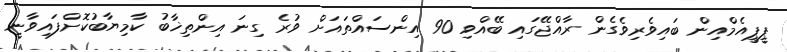
ޕީޕީއެމްއިން ބައިވެރިވެގެން ރާއްޖޭގައި ބޭއްވި 90 އިންސައްތައަށް ވުރެ ގިނަ އިންތިޚާބު ކާމިޔާބުކޮށްފައިވާނީ